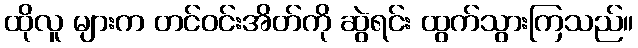
ထိုလူ များက တင်ဝင်းအိတ်ကို ဆွဲရင်း ထွက်သွားကြသည်။